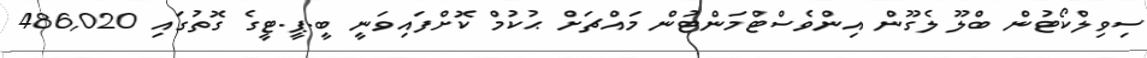
ސިވިލްކޯޓުން ބްލޫ ލެގޫން އިންވެސްޓްމަންޓުން މައްޗަށް ޙުކުމް ކޮށްފައިވަނީ ބީ.ޕީ.ޓީގެ ގޮތުގައި 486